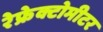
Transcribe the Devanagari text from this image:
रेफ्रेक्टोमीटर